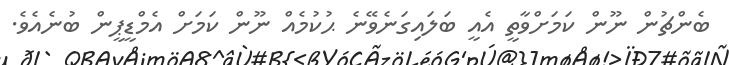
ބެންޗުން ނޫން ކަމަށްވާތީ އެއީ ބަލައިގަނެވޭނެ ޙުކުމެއް ނޫން ކަމަށް އެމްޑީޕީން ބުނެއެވެ.